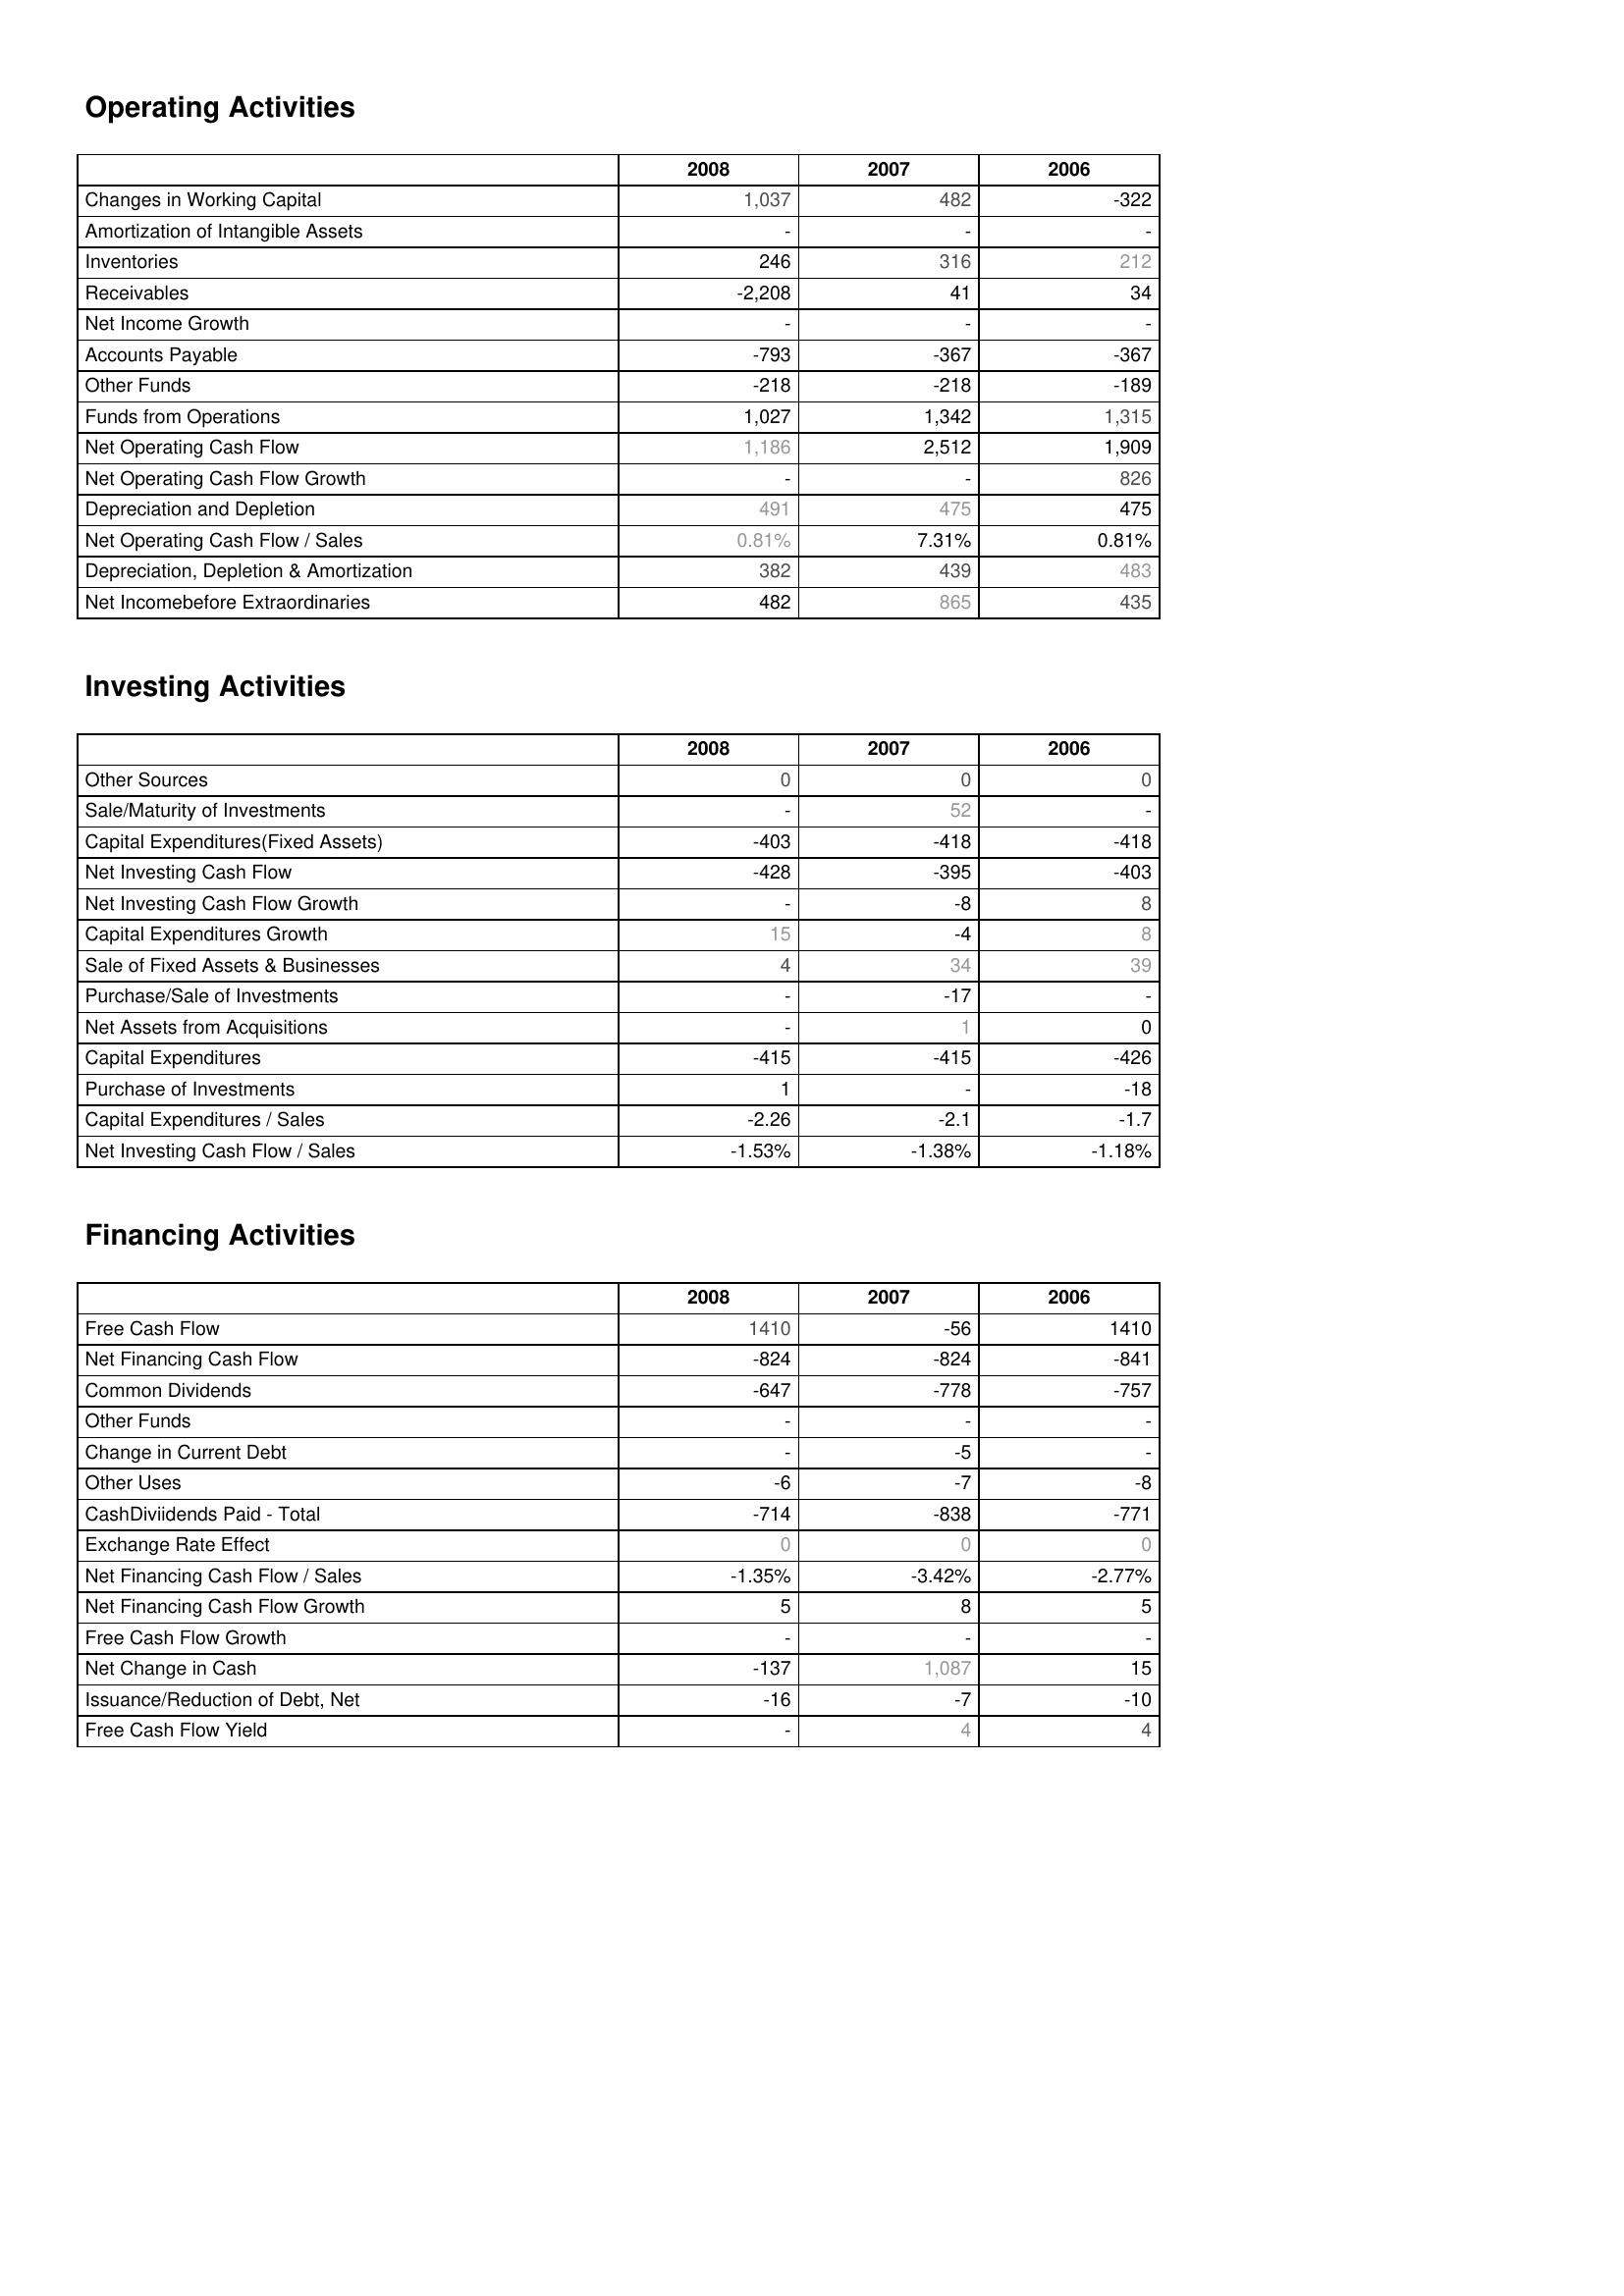
2008: Operating Activities: Changes in Working Capital: 1,037
Amortization of Intangible Assets: -
Inventories: 246
Receivables: -2,208
Net Income Growth: -
Accounts Payable: -793
Other Funds: -218
Funds from Operations: 1,027
Net Operating Cash Flow: 1,186
Net Operating Cash Flow Growth: -
Depreciation and Depletion: 491
Net Operating Cash Flow / Sales: 0.81%
Depreciation, Depletion & Amortization: 382
Net Incomebefore Extraordinaries: 482
Investing Activities: Other Sources: 0
Sale/Maturity of Investments: -
Capital Expenditures(Fixed Assets): -403
Net Investing Cash Flow: -428
Net Investing Cash Flow Growth: -
Capital Expenditures Growth: 15
Sale of Fixed Assets & Businesses: 4
Purchase/Sale of Investments: -
Net Assets from Acquisitions: -
Capital Expenditures: -415
Purchase of Investments: 1
Capital Expenditures / Sales: -2.26
Net Investing Cash Flow / Sales: -1.53%
Financing Activities: Free Cash Flow: 1410
Net Financing Cash Flow: -824
Common Dividends: -647
Other Funds: -
Change in Current Debt: -
Other Uses: -6
CashDiviidends Paid - Total: -714
Exchange Rate Effect: 0
Net Financing Cash Flow / Sales: -1.35%
Net Financing Cash Flow Growth: 5
Free Cash Flow Growth: -
Net Change in Cash: -137
Issuance/Reduction of Debt, Net: -16
Free Cash Flow Yield: -
2007: Operating Activities: Changes in Working Capital: 482
Amortization of Intangible Assets: -
Inventories: 316
Receivables: 41
Net Income Growth: -
Accounts Payable: -367
Other Funds: -218
Funds from Operations: 1,342
Net Operating Cash Flow: 2,512
Net Operating Cash Flow Growth: -
Depreciation and Depletion: 475
Net Operating Cash Flow / Sales: 7.31%
Depreciation, Depletion & Amortization: 439
Net Incomebefore Extraordinaries: 865
Investing Activities: Other Sources: 0
Sale/Maturity of Investments: 52
Capital Expenditures(Fixed Assets): -418
Net Investing Cash Flow: -395
Net Investing Cash Flow Growth: -8
Capital Expenditures Growth: -4
Sale of Fixed Assets & Businesses: 34
Purchase/Sale of Investments: -17
Net Assets from Acquisitions: 1
Capital Expenditures: -415
Purchase of Investments: -
Capital Expenditures / Sales: -2.1
Net Investing Cash Flow / Sales: -1.38%
Financing Activities: Free Cash Flow: -56
Net Financing Cash Flow: -824
Common Dividends: -778
Other Funds: -
Change in Current Debt: -5
Other Uses: -7
CashDiviidends Paid - Total: -838
Exchange Rate Effect: 0
Net Financing Cash Flow / Sales: -3.42%
Net Financing Cash Flow Growth: 8
Free Cash Flow Growth: -
Net Change in Cash: 1,087
Issuance/Reduction of Debt, Net: -7
Free Cash Flow Yield: 4
2006: Operating Activities: Changes in Working Capital: -322
Amortization of Intangible Assets: -
Inventories: 212
Receivables: 34
Net Income Growth: -
Accounts Payable: -367
Other Funds: -189
Funds from Operations: 1,315
Net Operating Cash Flow: 1,909
Net Operating Cash Flow Growth: 826
Depreciation and Depletion: 475
Net Operating Cash Flow / Sales: 0.81%
Depreciation, Depletion & Amortization: 483
Net Incomebefore Extraordinaries: 435
Investing Activities: Other Sources: 0
Sale/Maturity of Investments: -
Capital Expenditures(Fixed Assets): -418
Net Investing Cash Flow: -403
Net Investing Cash Flow Growth: 8
Capital Expenditures Growth: 8
Sale of Fixed Assets & Businesses: 39
Purchase/Sale of Investments: -
Net Assets from Acquisitions: 0
Capital Expenditures: -426
Purchase of Investments: -18
Capital Expenditures / Sales: -1.7
Net Investing Cash Flow / Sales: -1.18%
Financing Activities: Free Cash Flow: 1410
Net Financing Cash Flow: -841
Common Dividends: -757
Other Funds: -
Change in Current Debt: -
Other Uses: -8
CashDiviidends Paid - Total: -771
Exchange Rate Effect: 0
Net Financing Cash Flow / Sales: -2.77%
Net Financing Cash Flow Growth: 5
Free Cash Flow Growth: -
Net Change in Cash: 15
Issuance/Reduction of Debt, Net: -10
Free Cash Flow Yield: 4